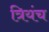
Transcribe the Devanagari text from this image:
त्रियंच